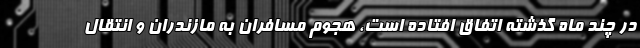
در چند ماه گذشته اتفاق افتاده است، هجوم مسافران به مازندران و انتقال